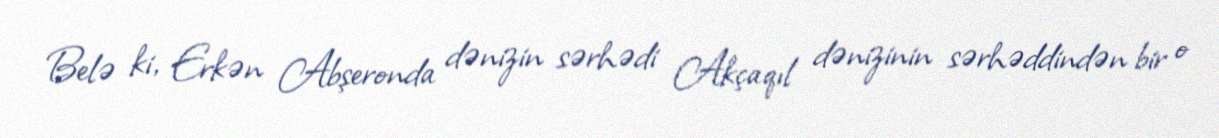
Belə ki, Erkən Abşeronda dənizin sərhədi Akçaqıl dənizinin sərhəddindən bir o